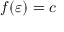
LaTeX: f ( \varepsilon ) = c